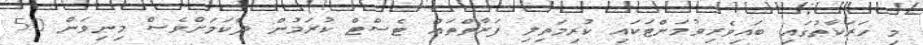
މި ހަރަކާތުގައި ބައިވެރިވުމަށްޓަކައި ކުރިމަތިލި ފަރާތްތައް ޓެސްޓް ކުރަމުން ދާކަމަށްވެސް މިނިވަން 50